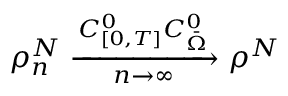
\rho _ { n } ^ { N } \xrightarrow [ n \rightarrow \infty ] { C _ { [ 0 , T ] } ^ { 0 } C _ { \Bar { \Omega } } ^ { 0 } } \rho ^ { N }